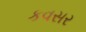
કવસર